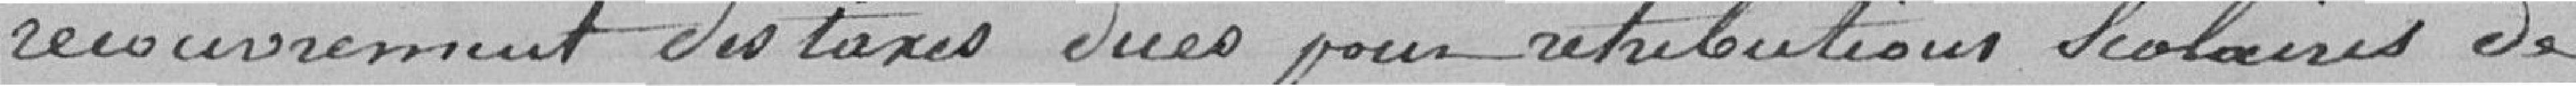
recouvrement des taxes dues pour rétributions scolaires de